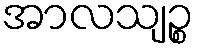
အာလသျဉ္စ